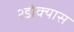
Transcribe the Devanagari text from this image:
२डोक्यास